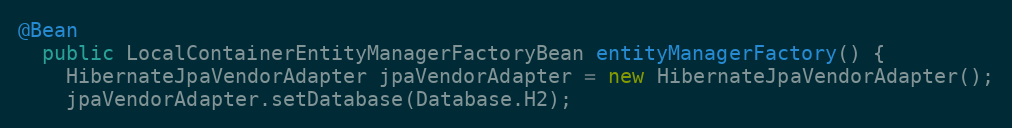
Language: Java
@Bean
  public LocalContainerEntityManagerFactoryBean entityManagerFactory() {
    HibernateJpaVendorAdapter jpaVendorAdapter = new HibernateJpaVendorAdapter();
    jpaVendorAdapter.setDatabase(Database.H2);